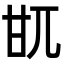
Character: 𤮿